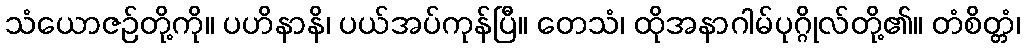
သံယောဇဉ်တို့ကို။ ပဟိနာနိ၊ ပယ်အပ်ကုန်ပြီ။ တေသံ၊ ထိုအနာဂါမ်ပုဂ္ဂိုလ်တို့၏။ တံစိတ္တံ၊